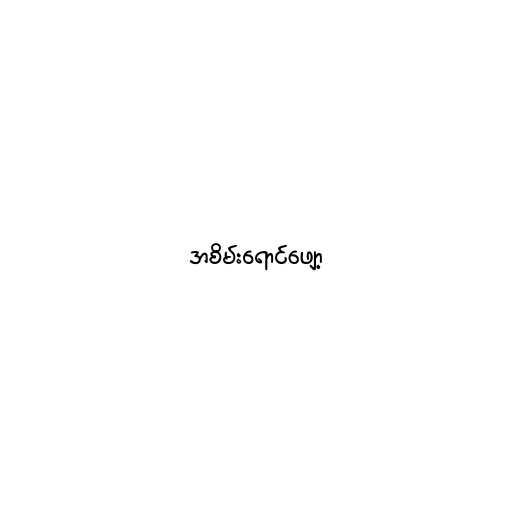
အစိမ်းရောင်ဖျော့